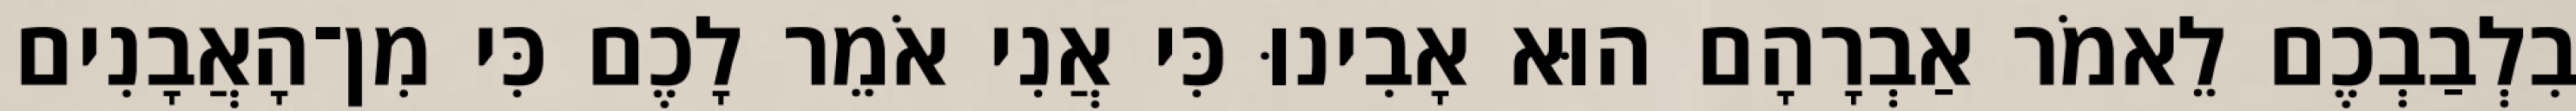
בִלְבַבְכֶם לֵאמֹר אַבְרָהָם הוּא אָבִינוּ כִּי אֲנִי אֹמֵר לָכֶם כִּי מִן־הָאֲבָנִים